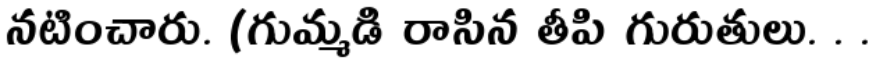
నటించారు. (గుమ్మడి రాసిన తీపి గురుతులు. . .